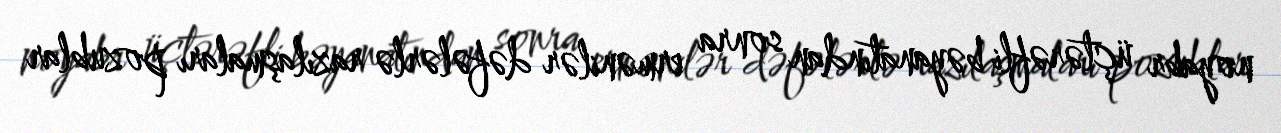
noyabr üçtərəfli bəyanatından sonra ermənilər dəfələrlə razılaşmaları pozublar